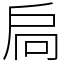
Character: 扃